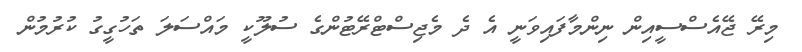
މިރޭ ޖޭއެސްސީއިން ނިންމާފައިވަނީ އެ ދެ މެޖިސްޓްރޭޓުންގެ ސުލޫކީ މައްސަލަ ތަހުގީގު ކުރުމުން